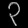
Digit: ၃